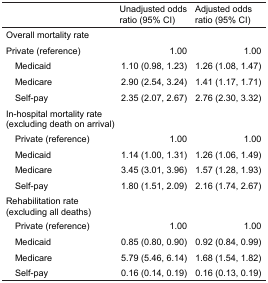
<table><thead><tr><td></td><td><b>Unadjusted odds ratio (95% CI)</b></td><td><b>Adjusted odds ratio (95% CI)</b></td></tr></thead><tbody><tr><td>Overall mortality rate</td><td></td><td></td></tr><tr><td>Private (reference)</td><td>1.00</td><td>1.00</td></tr><tr><td> Medicaid</td><td>1.10 (0.98, 1.23)</td><td>1.26 (1.08, 1.47)</td></tr><tr><td> Medicare</td><td>2.90 (2.54, 3.24)</td><td>1.41 (1.17, 1.71)</td></tr><tr><td> Self-pay</td><td>2.35 (2.07, 2.67)</td><td>2.76 (2.30, 3.32)</td></tr><tr><td>In-hospital mortality rate (excluding death on arrival)</td><td></td><td></td></tr><tr><td> Private (reference)</td><td>1.00</td><td>1.00</td></tr><tr><td> Medicaid</td><td>1.14 (1.00, 1.31)</td><td>1.26 (1.06, 1.49)</td></tr><tr><td> Medicare</td><td>3.45 (3.01, 3.96)</td><td>1.57 (1.28, 1.93)</td></tr><tr><td> Self-pay</td><td>1.80 (1.51, 2.09)</td><td>2.16 (1.74, 2.67)</td></tr><tr><td>Rehabilitation rate (excluding all deaths)</td><td></td><td></td></tr><tr><td> Private (reference)</td><td>1.00</td><td>1.00</td></tr><tr><td> Medicaid</td><td>0.85 (0.80, 0.90)</td><td>0.92 (0.84, 0.99)</td></tr><tr><td> Medicare</td><td>5.79 (5.46, 6.14)</td><td>1.68 (1.54, 1.82)</td></tr><tr><td> Self-pay</td><td>0.16 (0.14, 0.19)</td><td>0.16 (0.13, 0.19)</td></tr></tbody></table>